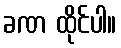
ခဏ ထိုင်ပါ။